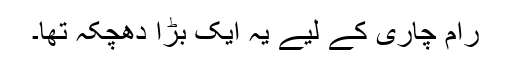
رام چاری کے لیے یہ ایک بڑا دھچکہ تھا۔